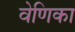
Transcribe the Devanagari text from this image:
वेणिका